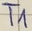
Text: T1